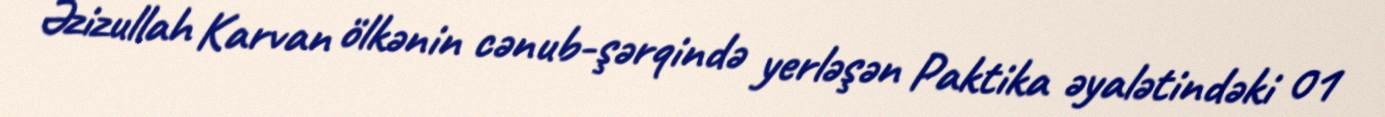
Əzizullah Karvan ölkənin cənub-şərqində yerləşən Paktika əyalətindəki 01